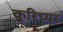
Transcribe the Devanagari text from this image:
कुरिच्यर